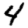
Digit: 4